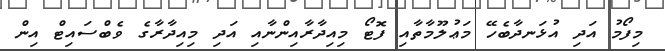
މިފޯމު އަދި އުޅަނދާބެހޭ މަޢުލޫމާތާއި ފޮޓޯ މިއިދާރާއިންނާއި އަދި މިއިދާރާގެ ވެބްސައިޓް އިން